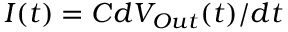
I ( t ) = C d V _ { O u t } ( t ) / d t